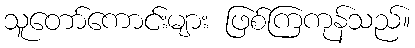
သူတော်ကောင်းများ ဖြစ်ကြကုန်သည်။